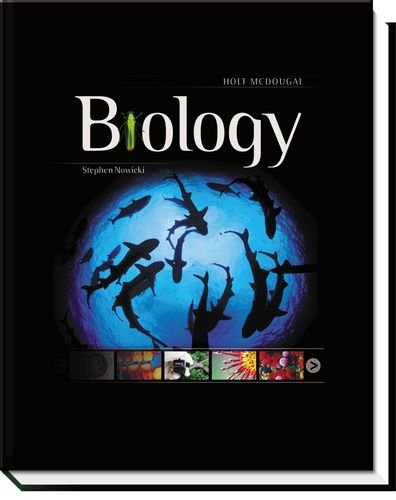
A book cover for Holt McDougal Biology: Student Edition 2012; HOLT MCDOUGAL; Reference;